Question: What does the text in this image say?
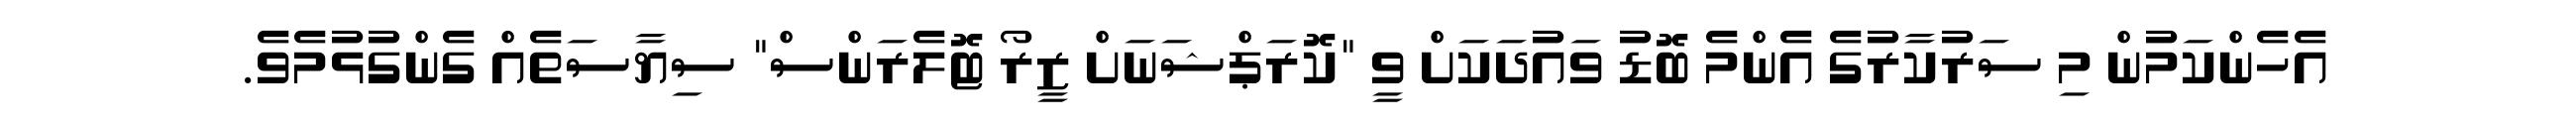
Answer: އެހެންކަމުން މި ސަރުކާރުގެ އެންމެ ބޮޑު ވައުދަކަށް ވީ "ކޮރަޕްޝަނަށް ޒީރޯ ޓޮލެރަންސް" ސިޔާސަތެއް ގެންގުޅުމެވެ.